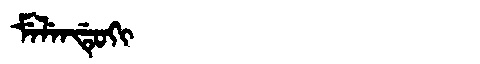
Manchu: ᠮᡝᠯᡝᠨᡩᡠᡴᡳ
Romanization: MELENDUKI